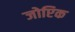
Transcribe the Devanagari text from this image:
जोप्टिक